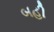
બહી